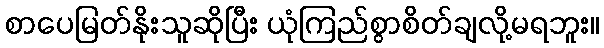
စာပေမြတ်နိုးသူဆိုပြီး ယုံကြည်စွာစိတ်ချလို့မရဘူး။